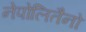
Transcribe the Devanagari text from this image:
नेपोलितैनो